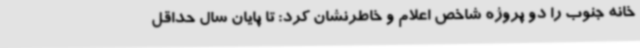
خانه جنوب را دو پروژه شاخص اعلام و خاطرنشان کرد: تا پایان سال حداقل